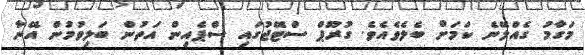
މަގާމު ގެއްލޭނެ ކަމަށް ބެލެވެއެވެ. ގުރޫޕް ސްޓޭޖުގައި ސްޕެއިން އަތުން ބަލިވުމުން އޭނާ